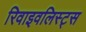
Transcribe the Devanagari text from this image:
रिवाइवलिस्ट्स